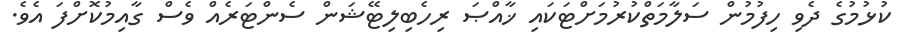
ކުޅުމުގެ ދެވި ހިފުމުން ސަލާމަތްކުރުމަށްޓަކައި ޚާއްޞަ ރިހެބިލިޓޭޝަން ސެންޓަރެއް ވެސް ގާއިމުކޮށްފަ އެވެ.